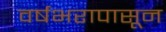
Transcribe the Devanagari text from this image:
वर्षभरापासून